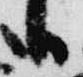
日